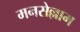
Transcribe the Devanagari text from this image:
मनसेल्लाम